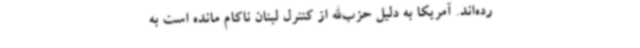
رده‌اند. آمریکا به دلیل حزب‌الله از کنترل لبنان ناکام مانده است به